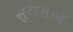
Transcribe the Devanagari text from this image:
सुलमान